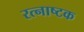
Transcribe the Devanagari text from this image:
रत्नाष्टक